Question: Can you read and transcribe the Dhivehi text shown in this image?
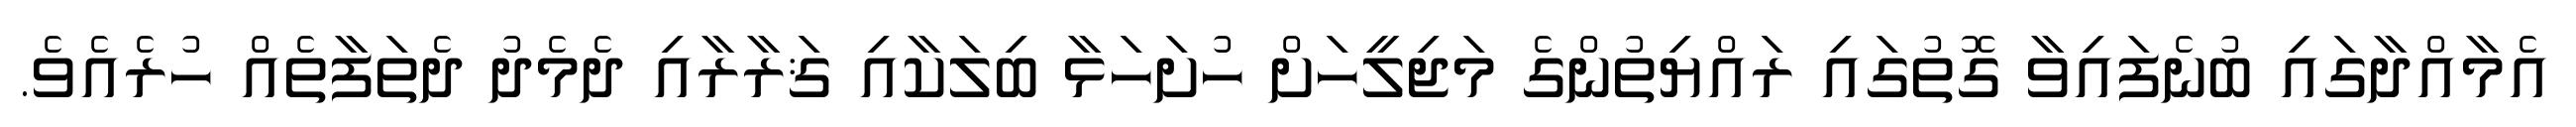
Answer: އެމާއްދާގައި ބުނެފައިވާ ގޮތުގައި ރައްޔިތުންގެ މަޖިލީހަށް ހުށަހަޅާ ބިލަކާއި ޤަރާރާއި ދެމެދު ދެތަފާތެއް ހުރެއެވެ.